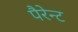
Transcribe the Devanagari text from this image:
पैरेन्ट